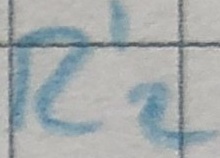
Text: R'2